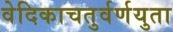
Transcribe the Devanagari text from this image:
वेदिकाचतुर्वर्णयुता